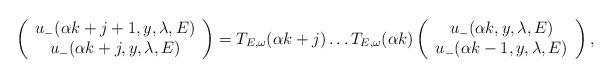
LaTeX: \begin{align*}\left(\begin{array}{c}u_{-}(\alpha k+j+1, y,\lambda, E)\\u_{-}(\alpha k+j,y,\lambda, E)\end{array}\right)=T_{E,\omega}(\alpha k+j)\dots T_{E,\omega}(\alpha k)\left(\begin{array}{c}u_{-}(\alpha k,y,\lambda,E)\\ u_{-}(\alpha k-1,y,\lambda,E)\end{array}\right),\end{align*}